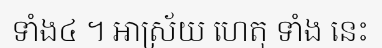
ទាំង៤ ។ អាស្រ័យ ហេតុ ទាំង នេះ